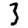
Digit: 3